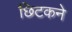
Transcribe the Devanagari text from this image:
छिटकने